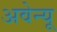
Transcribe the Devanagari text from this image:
अवेन्यू